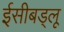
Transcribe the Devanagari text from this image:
ईसीबड्लू